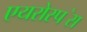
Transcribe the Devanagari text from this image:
एयरोस्प॓स